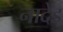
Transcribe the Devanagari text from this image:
नादेड